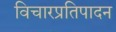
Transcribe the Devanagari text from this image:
विचारप्रतिपादन